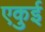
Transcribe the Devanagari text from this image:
एकुई